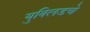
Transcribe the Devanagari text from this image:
युक्लिडचे